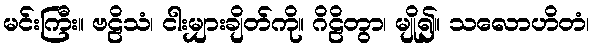
မင်းကြီး။ ဗဠိသံ၊ ငါးမျှားချိတ်ကို။ ဂိဠိတွာ၊ မျို၍။ သလောဟိတံ၊